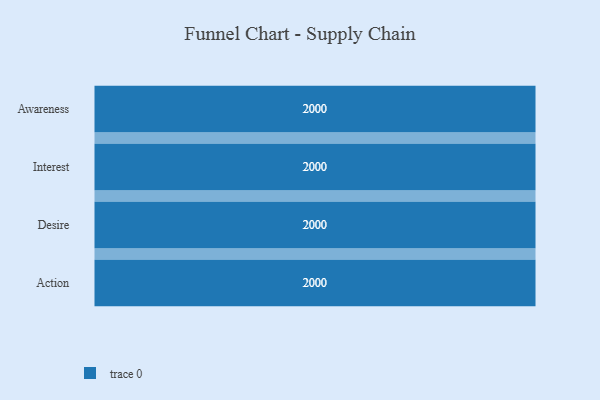
{"axis": {"x": "Stage", "y": "Value"}, "legend": [""], "data": [{"x": "Awareness", "y": 2000, "type": ""}, {"x": "Interest", "y": 2000, "type": ""}, {"x": "Desire", "y": 2000, "type": ""}, {"x": "Action", "y": 2000, "type": ""}]}